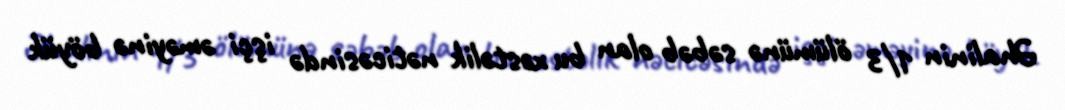
Əhalinin 1/3 ölümünə səbəb olan bu xəstəlik nəticəsində işçi əməyinə böyük